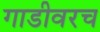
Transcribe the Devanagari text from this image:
गाडीवरच